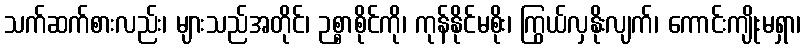
သက်ဆက်စားလည်း၊ များသည်အတိုင်၊ ဉစ္စာစိုင်ကို၊ ကုန်နိုင်မစိုး၊ ကြွယ်လှနိုးလျက်၊ ကောင်းကျိုးမရှာ၊